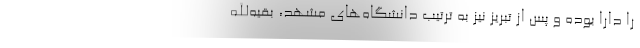
را دارا بوده و پس از تبریز نیز به ترتیب دانشگاه‌های مشهد، بقیه‌الله